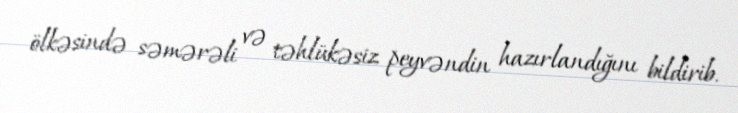
ölkəsində səmərəli və təhlükəsiz peyvəndin hazırlandığını bildirib.